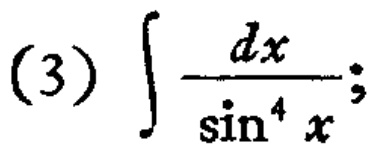
(3) \(\int \frac{dx}{\sin^{4}x}\);